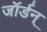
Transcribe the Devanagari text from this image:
जॉर्डन्